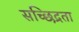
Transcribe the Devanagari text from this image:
सच्छिद्रता